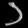
Digit: ၁